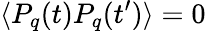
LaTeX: \langle P_{q}(t)P_{q}(t^{\prime})\rangle=0